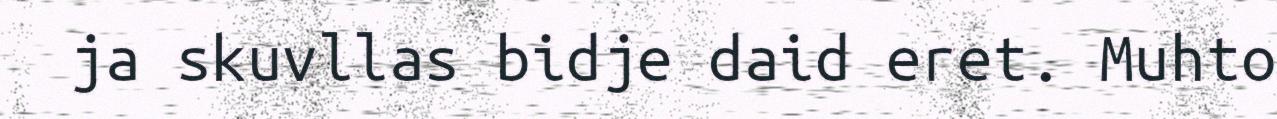
ja skuvllas bidje daid eret. Muhto